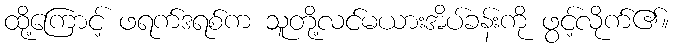
ထို့ကြောင့် ဖရက်ဒရစ်က သူတို့လင်မယားအိပ်ခန်းကို ဖွင့်လိုက်၏။